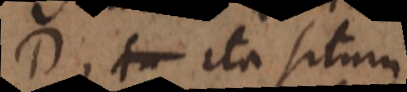
D, ita situm